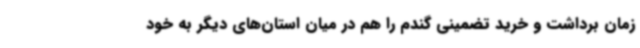
زمان برداشت و خرید تضمینی گندم را هم در میان استان‌های دیگر به خود